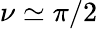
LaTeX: \nu\simeq\pi/2